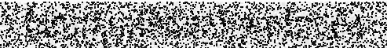
ដែលក្រុមអភិជនគាំទ្រព្រះរាជវាំង